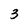
Character: 3